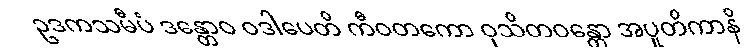
ဥဒကသမီပံ ဒန္တောဝ ဝဒါပေတိ ကီဝတကော ဝုသိတဝန္တော အပူတိကာနိ